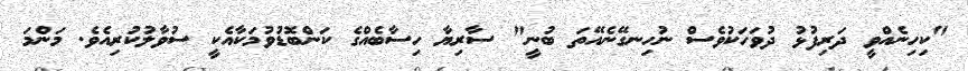
"ކިހިނެއްވީ ދަރިފުޅު ދުވަހަކުވެސް ނުހިނގޭނެއޭތަ ބުނީ" ސާރިޔާ ހިސާބެއްގެ ކަންބޮޑުވުމަކާއެކީ ސުވާލުކުރިއެވެ. މަންމަ